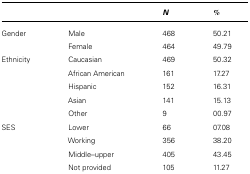
<table><thead><tr><td></td><td></td><td><b><i>N</i></b></td><td><b>%</b></td></tr></thead><tbody><tr><td>Gender</td><td>Male</td><td>468</td><td>50.21</td></tr><tr><td></td><td>Female</td><td>464</td><td>49.79</td></tr><tr><td>Ethnicity</td><td>Caucasian</td><td>469</td><td>50.32</td></tr><tr><td></td><td>African American</td><td>161</td><td>17.27</td></tr><tr><td></td><td>Hispanic</td><td>152</td><td>16.31</td></tr><tr><td></td><td>Asian</td><td>141</td><td>15.13</td></tr><tr><td></td><td>Other</td><td>9</td><td>00.97</td></tr><tr><td>SES</td><td>Lower</td><td>66</td><td>07.08</td></tr><tr><td></td><td>Working</td><td>356</td><td>38.20</td></tr><tr><td></td><td>Middle–upper</td><td>405</td><td>43.45</td></tr><tr><td></td><td>Not provided</td><td>105</td><td>11.27</td></tr></tbody></table>